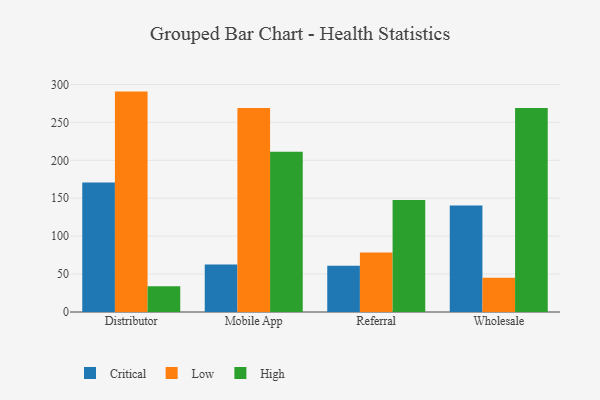
{"axis": {"x": "Channel", "y": "Inventory Turnover"}, "legend": ["Critical", "High", "Low"], "data": [{"x": "Distributor", "y": 170.9, "type": "Critical"}, {"x": "Distributor", "y": 290.6, "type": "Low"}, {"x": "Distributor", "y": 34.1, "type": "High"}, {"x": "Mobile App", "y": 62.5, "type": "Critical"}, {"x": "Mobile App", "y": 268.9, "type": "Low"}, {"x": "Mobile App", "y": 211.2, "type": "High"}, {"x": "Referral", "y": 60.9, "type": "Critical"}, {"x": "Referral", "y": 78.4, "type": "Low"}, {"x": "Referral", "y": 147.8, "type": "High"}, {"x": "Wholesale", "y": 140.3, "type": "Critical"}, {"x": "Wholesale", "y": 45.0, "type": "Low"}, {"x": "Wholesale", "y": 269.0, "type": "High"}]}